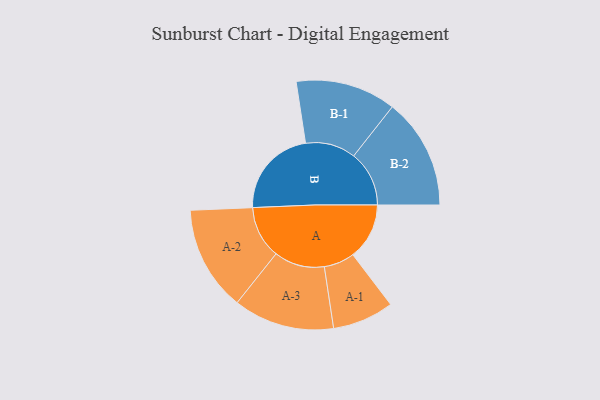
{"axis": {"x": "Segment", "y": "Value"}, "legend": ["", "A", "B"], "data": [{"x": "A", "y": 228, "type": ""}, {"x": "B", "y": 362, "type": ""}, {"x": "A-1", "y": 124, "type": "A"}, {"x": "A-2", "y": 212, "type": "A"}, {"x": "A-3", "y": 204, "type": "A"}, {"x": "B-1", "y": 203, "type": "B"}, {"x": "B-2", "y": 224, "type": "B"}]}